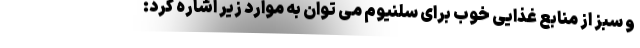
و سبز از منابع غذایی خوب برای سلنیوم می توان به موارد زیر اشاره کرد: